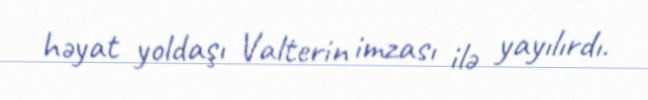
həyat yoldaşı Valterin imzası ilə yayılırdı.